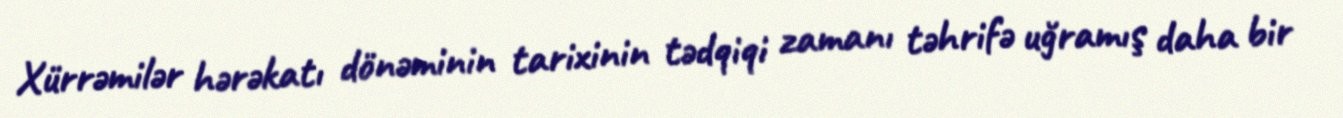
Xürrəmilər hərəkatı dönəminin tarixinin tədqiqi zamanı təhrifə uğramış daha bir